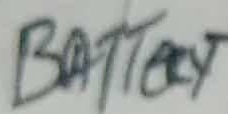
Text: Battery